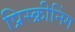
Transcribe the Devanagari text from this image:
प्रिस्क्रीनिंग